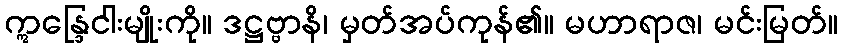
ဣန္ဒြေငါးမျိုးကို။ ဒဋ္ဌဗ္ဗာနိ၊ မှတ်အပ်ကုန်၏။ မဟာရာဇ၊ မင်းမြတ်။